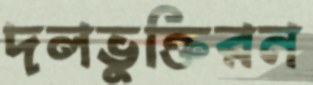
দলভুক্তিরন